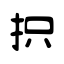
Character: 抧